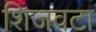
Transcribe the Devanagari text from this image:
शिजवटा